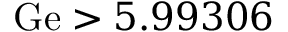
\mathrm { G e } > 5 . 9 9 3 0 6